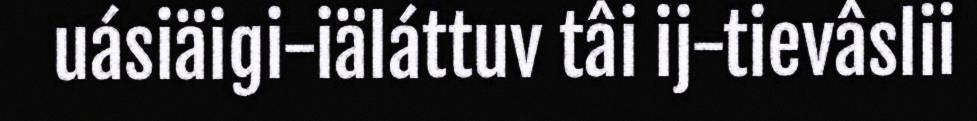
uásiäigi-iäláttuv tâi ij-tievâslii